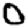
Digit: 0